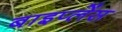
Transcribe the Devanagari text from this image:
बाइप्‍लेंस